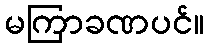
မကြာခဏပင်။